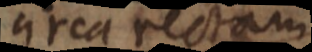
circa rectam